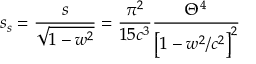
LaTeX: s _ { s } = \frac s { \sqrt { 1 - w ^ { 2 } } } = \frac { \pi ^ { 2 } } { 1 5 c ^ { 3 } } \frac { \Theta ^ { 4 } } { \left[ 1 - w ^ { 2 } / c ^ { 2 } \right] ^ { 2 } }